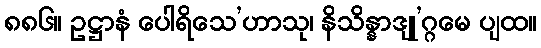
၈၈၆။ ဥဋ္ဌာနံ ပေါရိသေ’ဟာသု၊ နိသိန္နာဒျု’ဂ္ဂမေ ပျထ။